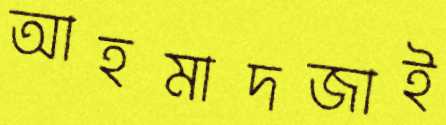
আহমাদজাই